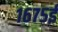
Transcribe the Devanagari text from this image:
१६७५ई